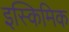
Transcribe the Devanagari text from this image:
इस्किमिक